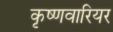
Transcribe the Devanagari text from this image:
कृष्णवारियर